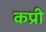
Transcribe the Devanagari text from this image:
कप्री